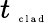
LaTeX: t_{\mathrm{~\tiny~c~l~a~d~}}